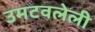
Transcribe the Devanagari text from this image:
उमटवलेली